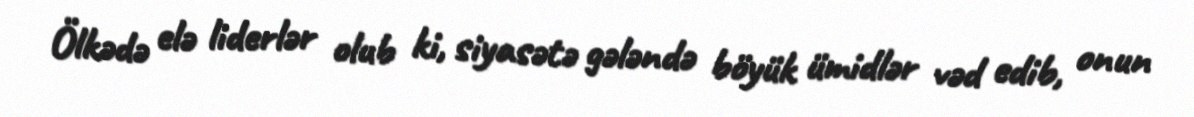
Ölkədə elə liderlər olub ki, siyasətə gələndə böyük ümidlər vəd edib, onun